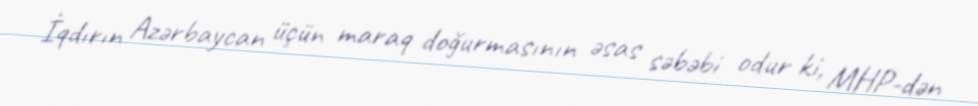
İqdırın Azərbaycan üçün maraq doğurmasının əsas səbəbi odur ki, MHP-dən